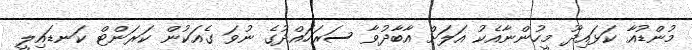
މުންޑުއާ ކަޅައިދޫ މީހުންނާއެކު އަލަށް އާބާދުވާ ސަރަހައްދުގެ ނުވަ ގެއަކުން ކަރަންޓް ކަނޑައިލީ